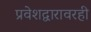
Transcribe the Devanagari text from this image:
प्रवेशद्वारावरही